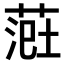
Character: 𫈲